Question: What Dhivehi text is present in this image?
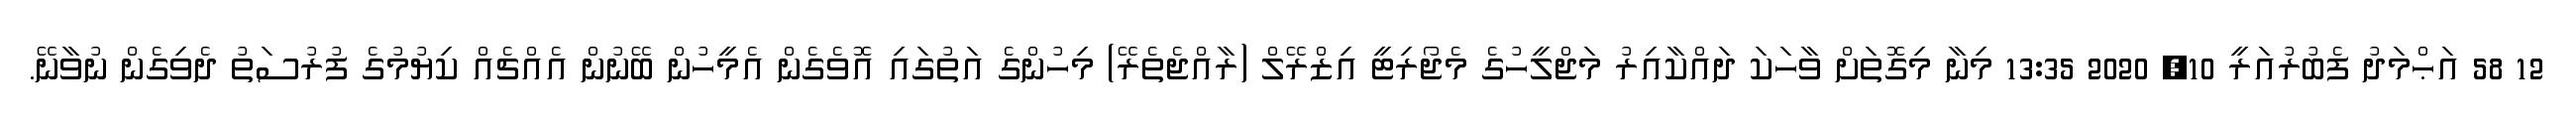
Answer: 12 58 އަޙްމަދު ފެބުރުއަރީ 10, 2020 13:35 މިނާ މިގޮތަށް ވާހަކަ ދައްކާއިރު މަޖްލީހުގެ މެޖޯރިޓީ އިޒްރޭލް (ރާއްޖެތެރޭ) މިހުންގެ އަތުގައި އޮވެގެން އެމީހުން ބޭނުން އެއްޗެއް ކިޔުމުގެ ފުރުސަތު ދެވިގެން ނުވާނޭ.